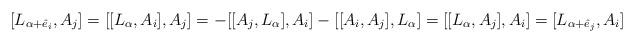
LaTeX: \begin{align*}[L_{\alpha+\hat e_i},A_j]=[[L_\alpha,A_i],A_j]=-[[A_j,L_\alpha],A_i]-[[A_i,A_j],L_\alpha]=[[L_\alpha,A_j],A_i]=[L_{\alpha+\hat e_j},A_i]\end{align*}